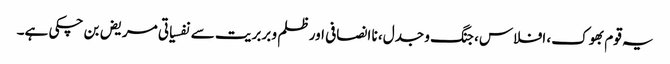
یہ قوم بھوک، افلاس، جنگ و جدل، نا انصافی اور ظلم و بربریت سے نفسیاتی مریض بن چکی ہے۔